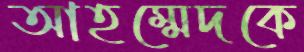
আহম্মেদকে